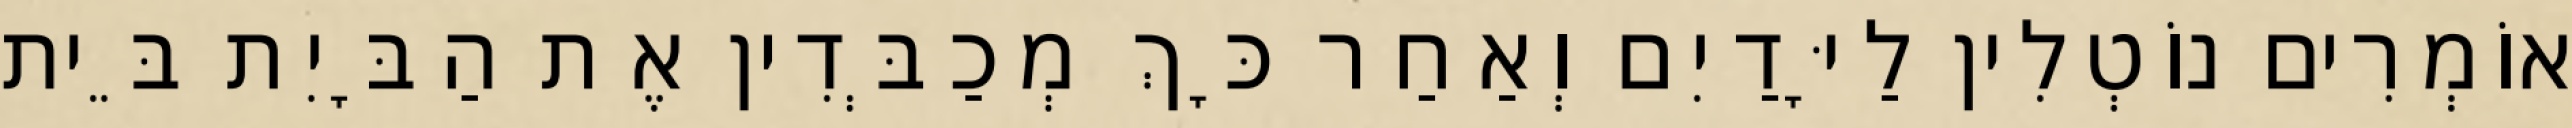
אוֹמְרִים נוֹטְלִין לַיָּדַיִם וְאַחַר כָּךְ מְכַבְּדִין אֶת הַבָּיִת בֵּית